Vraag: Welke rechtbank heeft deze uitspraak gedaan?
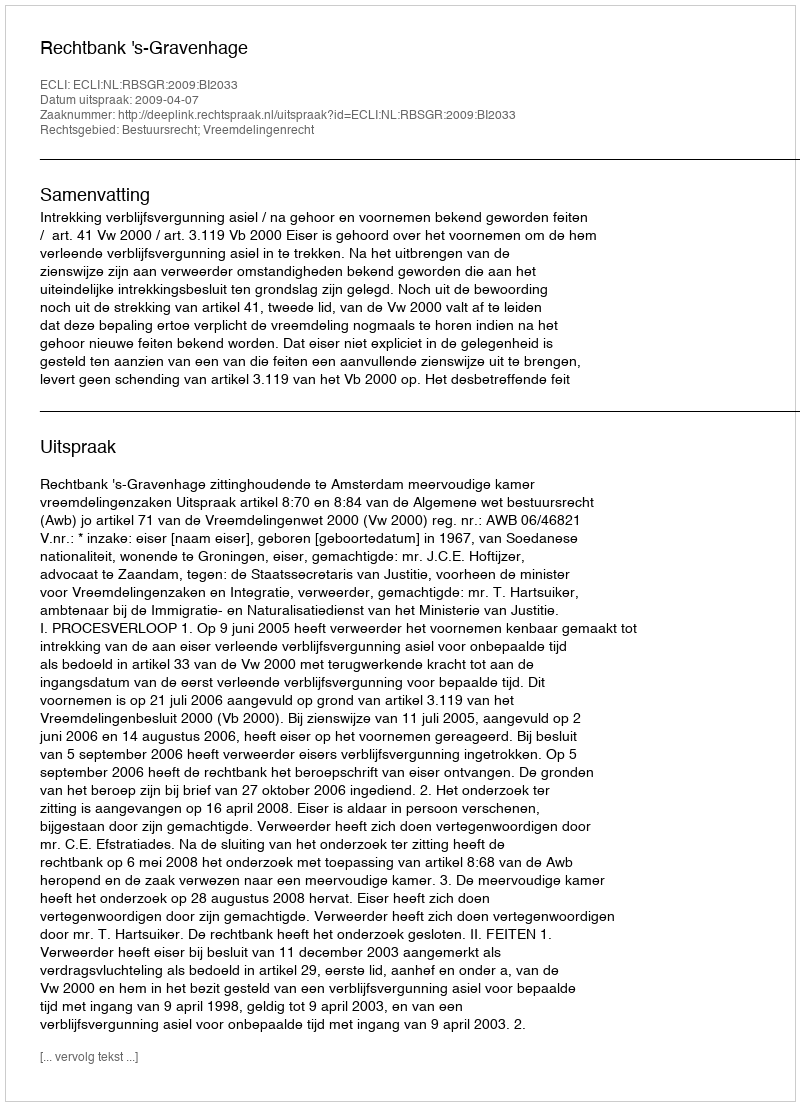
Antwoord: Rechtbank 's-Gravenhage